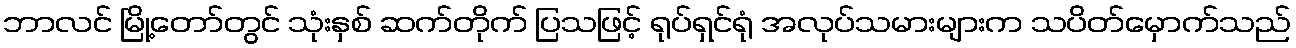
ဘာလင် မြို့တော်တွင် သုံးနှစ် ဆက်တိုက် ပြသဖြင့် ရုပ်ရှင်ရုံ အလုပ်သမားများက သပိတ်မှောက်သည်